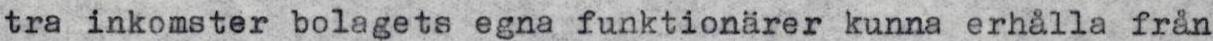
tra inkomster bolagets egna funktionärer kunna erhålla från